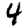
Digit: 4